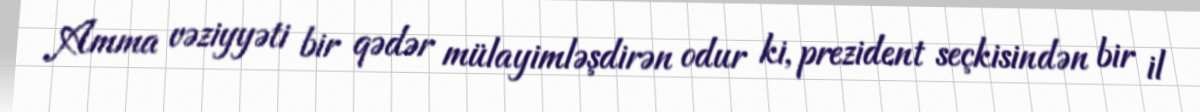
Amma vəziyyəti bir qədər mülayimləşdirən odur ki, prezident seçkisindən bir il